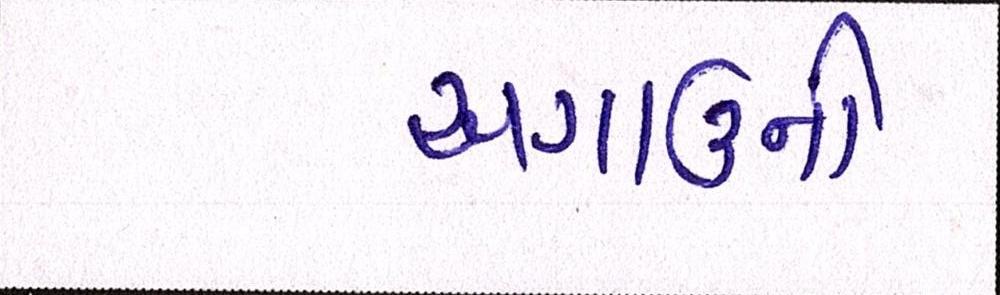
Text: અગાઉની